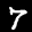
Label: 7